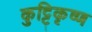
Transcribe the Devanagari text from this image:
कुट्टिकृष्ण